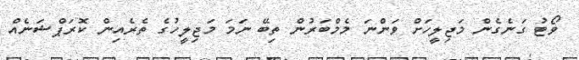
ވޯޓު ގަނެގެން މަޖިލީހަށް ވަންނަ މެމްބަރުން ތިބޭ ނަމަ މަޖިލީހުގެ ތެރެއިން ކޮރަޕްޝަނެއް